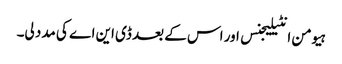
ہیومن انٹیلیجنس اور اس کے بعد ڈی این اے کی مدد لی۔